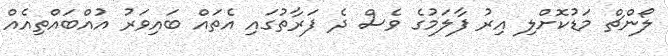
ލޯންޗް މަޑުކޮށްލި އިރު ފާލަމުގެ ވެސް ދެ ފަރާތުގައި އެތައް ބައިވަރު އުއްބައްތިއެއް